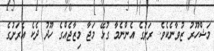
މަޝްހޫރު ޒުވާނެކެވެ. ރަށުގެ އެންނެމާ ގުޅޭ މަޖާ މިޒާޖެއްގެ ހޫދު ދެކެ އެރަށުގެ